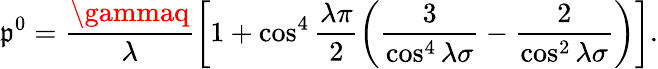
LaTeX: \mathfrak{p}^{0}=\frac{{\gammaq}}{{\lambda}}\left[1+\cos^{4}\frac{{\lambda\pi}}{{2}}\left(\frac{{3}}{{\cos^{4}\lambda\sigma}}-\frac{{2}}{{\cos^{2}\lambda\sigma}}\right)\right].